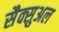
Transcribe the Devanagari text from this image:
सैक्सुअल